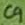
Text: C9